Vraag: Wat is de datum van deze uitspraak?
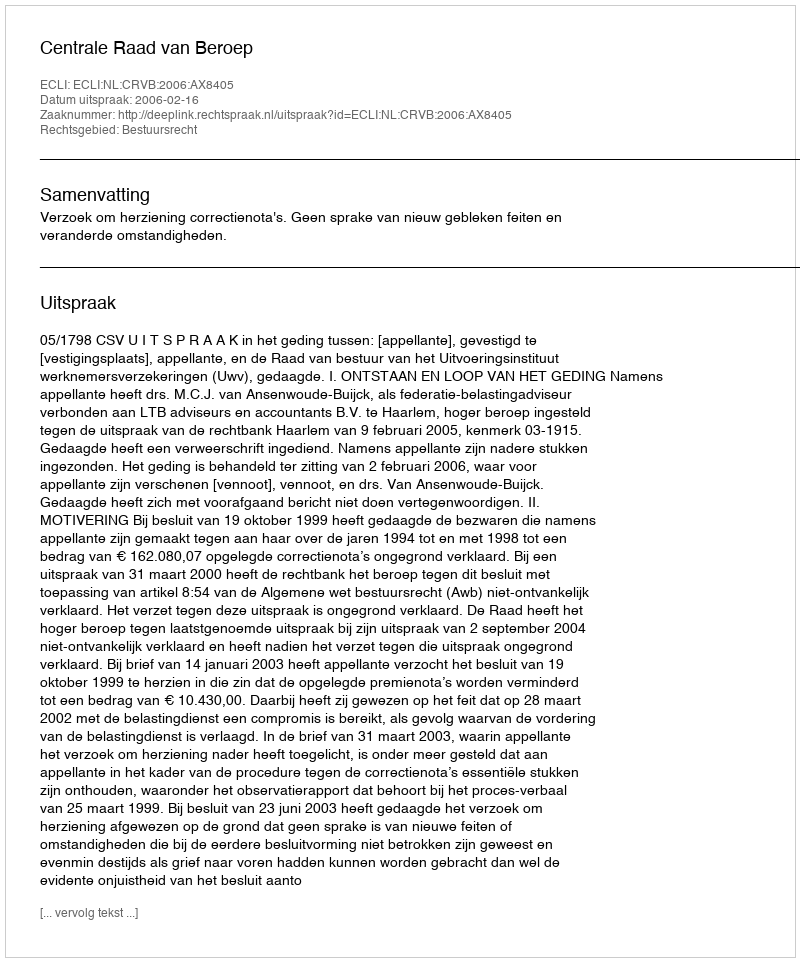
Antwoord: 2006-02-16